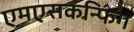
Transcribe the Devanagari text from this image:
एमएसकन्फिग